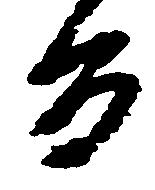
旨